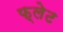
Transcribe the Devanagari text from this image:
फ्लेट